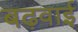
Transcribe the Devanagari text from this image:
बढ़वाई